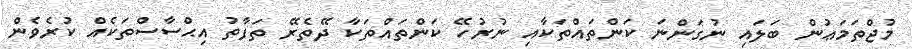
މުޖްތަމަޢުން ބަލައި ނުގަންނަ ކަންތައްތަކާއި ނުރުހޭ ކަންތައްތަކާ ދޭތެރޭ ތަފާތު އިޙްސާސްތަކެއް ކުރެވެން